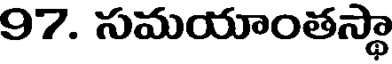
97. సమయాంతస్థా